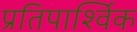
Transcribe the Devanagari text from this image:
प्रतिपार्श्विक